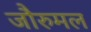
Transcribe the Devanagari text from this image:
जौरुमल